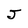
Character: J